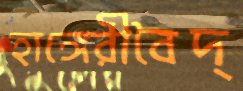
হাঙ্গেরীবৈদ্